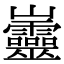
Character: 𡿡